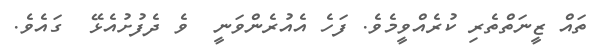
ތައް ޒީނަތްތެރި ކުރެއްވީމެވެ. ފަހެ އެއުރެންވަނީ  ވެ ދެފުށުއެޅޭ  ގައެވެ.